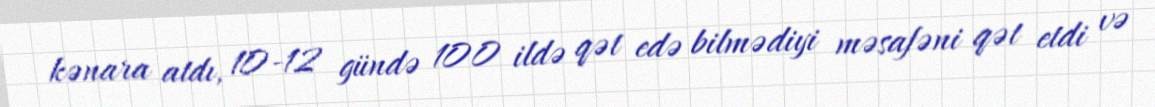
kənara atdı, 10-12 gündə 100 ildə qət edə bilmədiyi məsafəni qət etdi və